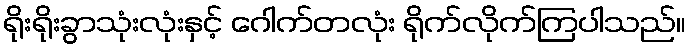
ရိုးရိုးခွာသုံးလုံးနှင့် ဂေါက်တလုံး ရိုက်လိုက်ကြပါသည်။